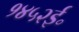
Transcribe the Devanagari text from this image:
१४५२ई॰